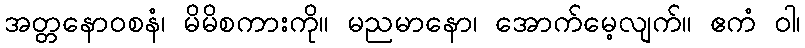
အတ္တနောဝစနံ၊ မိမိစကားကို။ မညမာနော၊ အောက်မေ့လျက်။ ဧကံ ဝါ၊